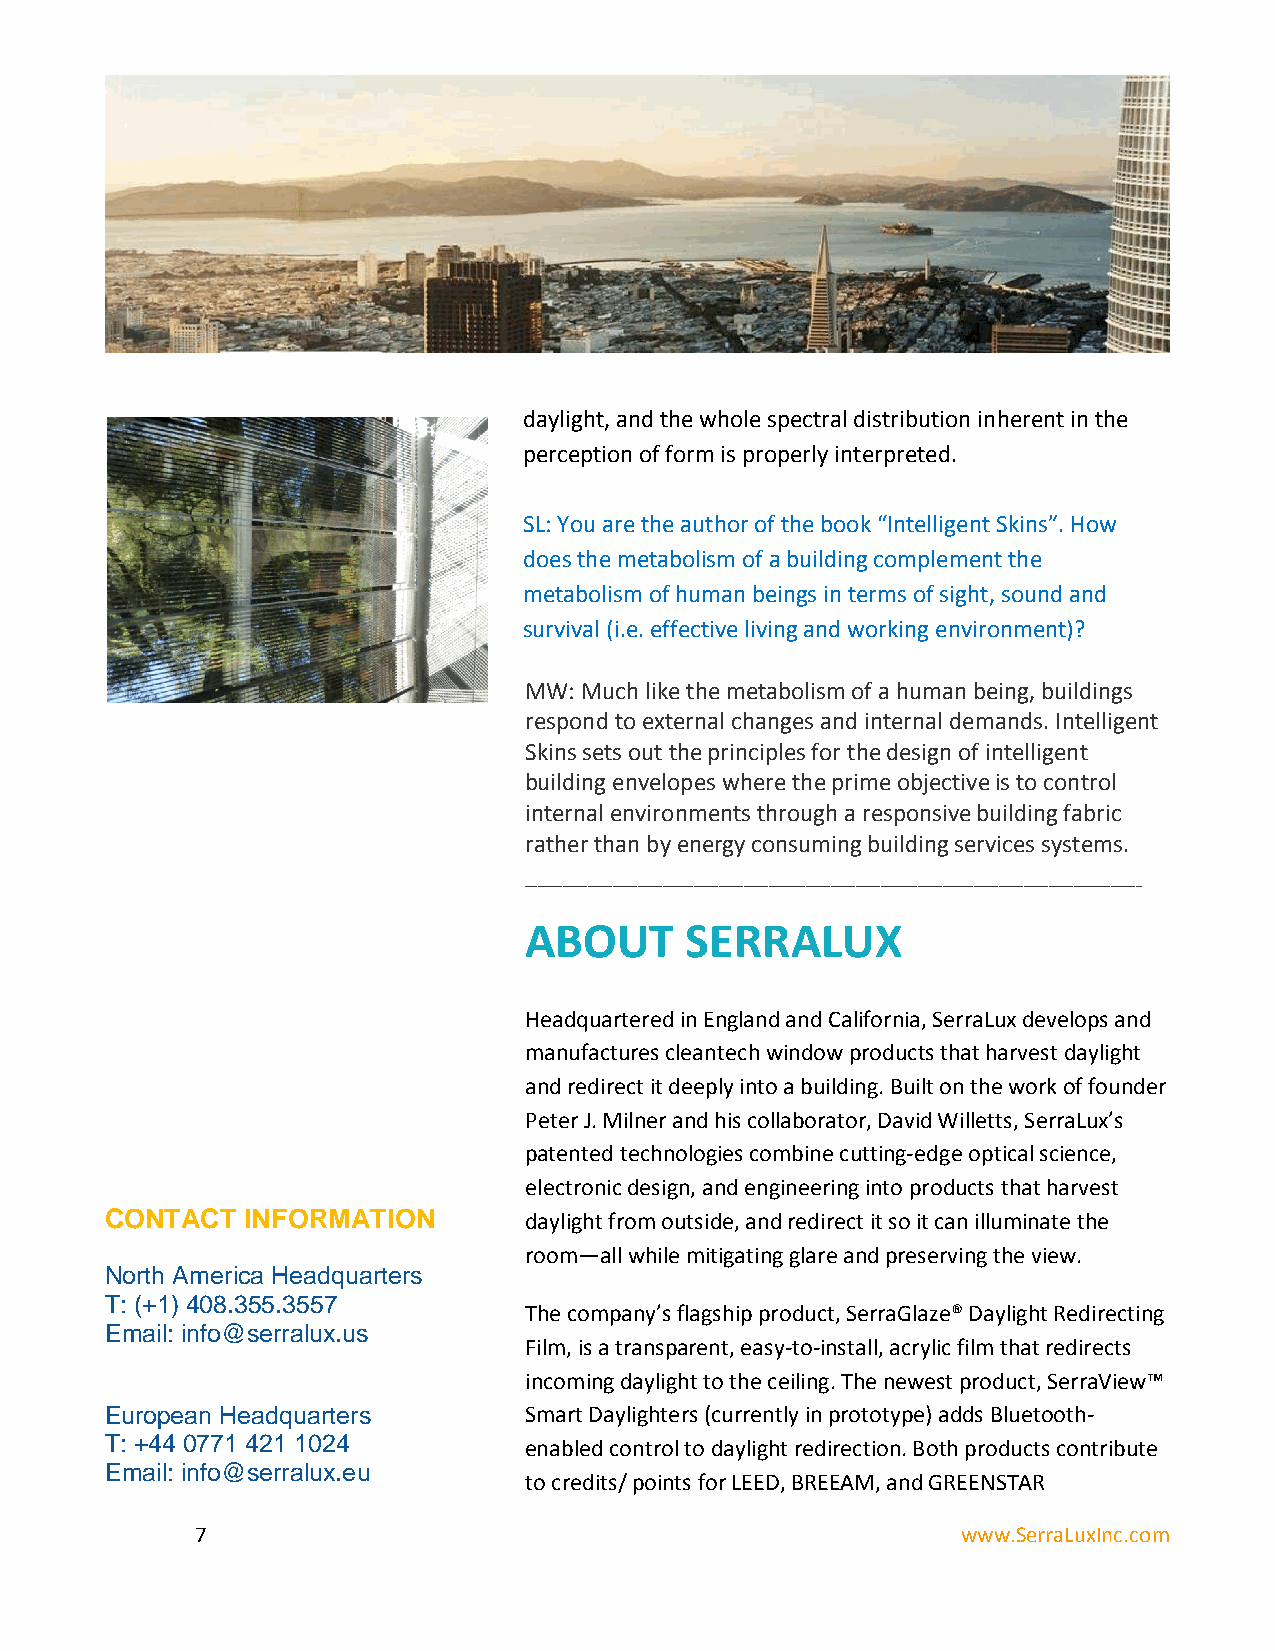
daylight, and the whole spectral distribution inherent in the
 perception of form is properly interpreted.
 SL: You are the author of the book “Intelligent Skins”. How
 does the metabolism of a building complement the
 metabolism of human beings in terms of sight, sound and
 survival (i.e. effective living and working environment)?
 MW: Much like the metabolism of a human being, buildings
 respond to external changes and internal demands. Intelligent
 Skins sets out the principles for the design of intelligent
 building envelopes where the prime objective is to control
 internal environments through a responsive building fabric
 rather than by energy consuming building services systems.
 ___________________________________________________________________________________________________
 ABOUT     SERRALUX
 Headquartered in England and California, SerraLux develops and
 manufactures cleantech window products that harvest daylight
 and redirect it deeply into a building. Built on the work of founder
 Peter J. Milner and his collaborator, David Willetts, SerraLux’s
 patented technologies combine cutting-edge optical science,
 electronic design, and engineering into products that harvest
 CONTACT  INFORMATION        daylight from outside, and redirect it so it can illuminate the
 room—all while mitigating glare and preserving the view.
 North America Headquarters
 T: (+1) 408.355.3557
 The company’s flagship product, SerraGlaze® Daylight Redirecting
 Email: info@serralux.us
 Film, is a transparent, easy-to-install, acrylic film that redirects
 incoming daylight to the ceiling. The newest product, SerraView™
 European Headquarters       Smart Daylighters (currently in prototype) adds Bluetooth-
 T: +44 0771 421 1024        enabled control to daylight redirection. Both products contribute
 Email: info@serralux.eu
 to credits/ points for LEED, BREEAM, and GREENSTAR
 7                                                  www.SerraLuxInc.com